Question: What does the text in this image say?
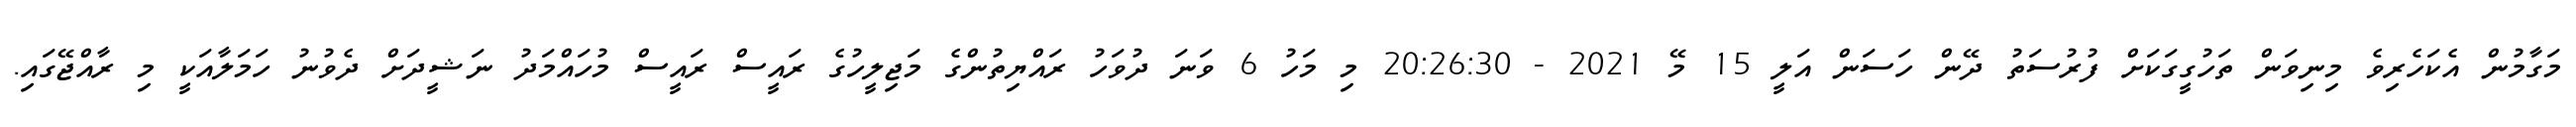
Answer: މަގާމުން އެކަހެރިވެ މިނިވަން ތަހުގީގަކަށް ފުރުސަތު ދޭން ހަސަން އަލީ 15 މޭ 2021 - 20:26:30 މި މަހު 6 ވަނަ ދުވަހު ރައްޔިތުންގެ މަޖިލީހުގެ ރައީސް ރައީސް މުހައްމަދު ނަޝީދަށް ދެވުނު ހަމަލާއަކީ މި ރާއްޖޭގައި.